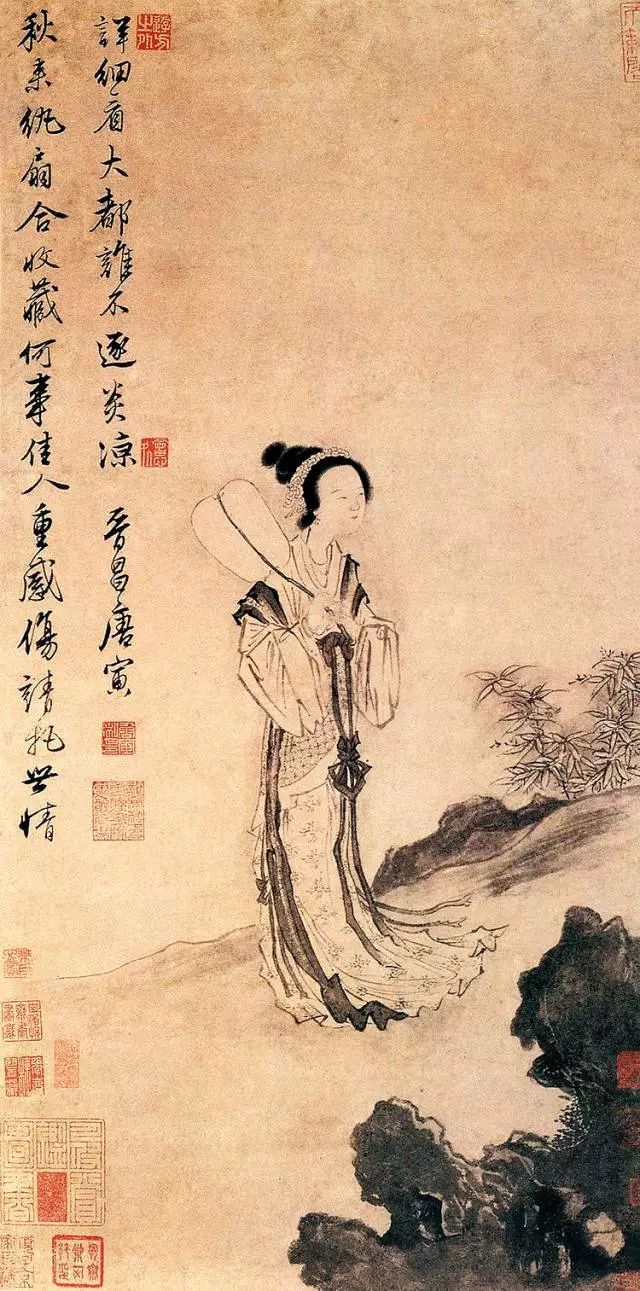
我也不登天子船，我也不上长安眠。